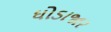
ઘોડાજાર